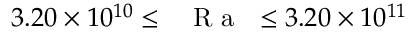
3 . 2 0 \times 1 0 ^ { 1 0 } \leq \mathrm { ~ \textit ~ { ~ R ~ a ~ } ~ } \leq 3 . 2 0 \times 1 0 ^ { 1 1 }